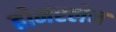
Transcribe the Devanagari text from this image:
होमरलेन